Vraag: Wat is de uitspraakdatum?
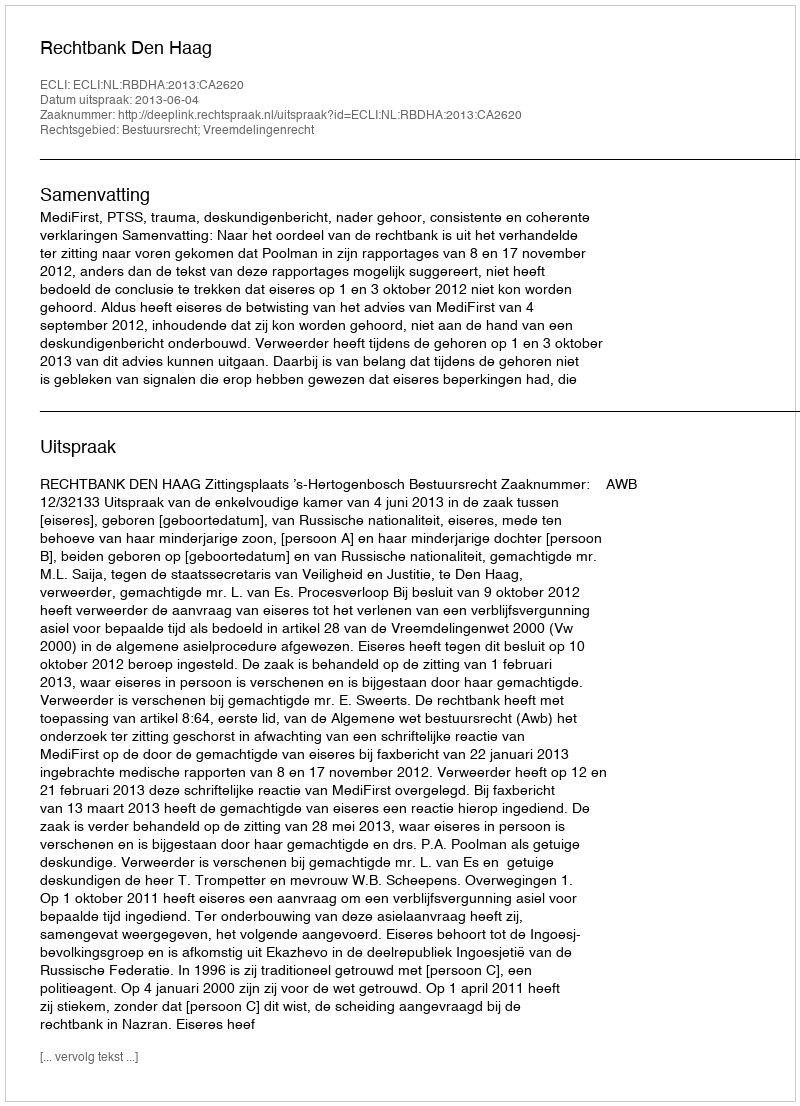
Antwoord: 2013-06-04